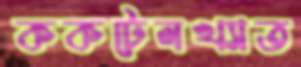
ককটেলখ্যাত